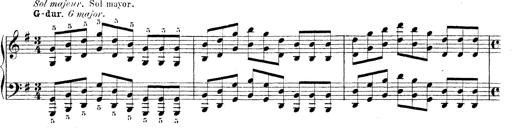
Title: Technische Studien
Composer: Franz Liszt